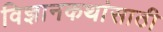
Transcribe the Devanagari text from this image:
विज्ञानकथांसाठी